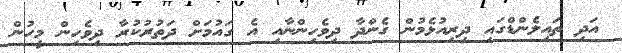
އަދި ތައިލެންޑްގައި ދިރިއުޅެމުން ގެންދާ ދިވެހިންނާއި އެ ގައުމަށް ދަތުރުކުރާ ދިވެހިން މީހުން